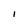
Character: I